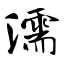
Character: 濡